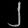
Digit: ၂